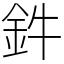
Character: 鈝